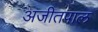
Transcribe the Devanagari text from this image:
अजीतपाल